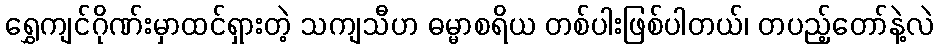
ရွှေကျင်ဂိုဏ်းမှာထင်ရှားတဲ့ သကျသီဟ ဓမ္မာစရိယ တစ်ပါးဖြစ်ပါတယ်၊ တပည့်တော်နဲ့လဲ